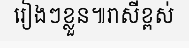
រៀងៗខ្លួន៕រាសីខ្ពស់